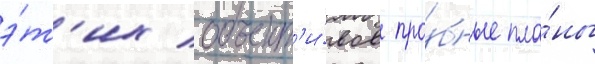
э́т'их объект'и́вов про́бные пла́ны